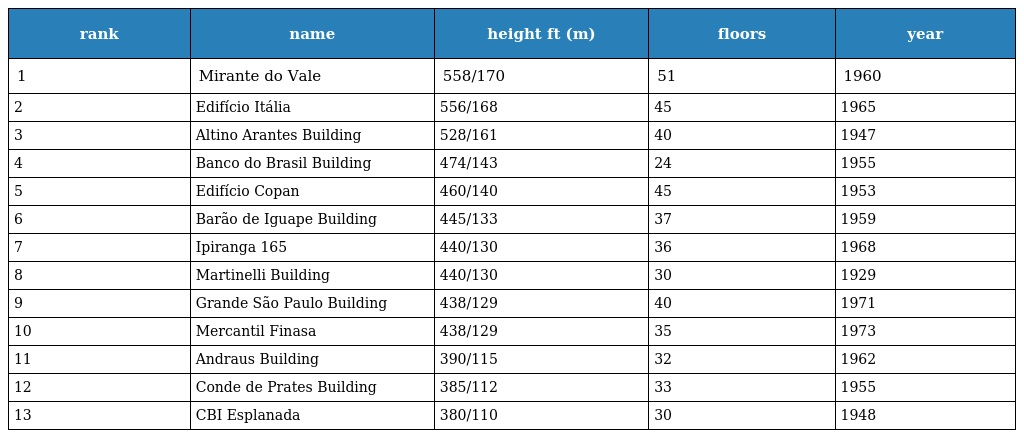
| rank | name | height ft (m) | floors | year |
 | --- | --- | --- | --- | --- |
 | 1 | Mirante do Vale | 558/170 | 51 | 1960 |
 | 2 | Edifício Itália | 556/168 | 45 | 1965 |
 | 3 | Altino Arantes Building | 528/161 | 40 | 1947 |
 | 4 | Banco do Brasil Building | 474/143 | 24 | 1955 |
 | 5 | Edifício Copan | 460/140 | 45 | 1953 |
 | 6 | Barão de Iguape Building | 445/133 | 37 | 1959 |
 | 7 | Ipiranga 165 | 440/130 | 36 | 1968 |
 | 8 | Martinelli Building | 440/130 | 30 | 1929 |
 | 9 | Grande São Paulo Building | 438/129 | 40 | 1971 |
 | 10 | Mercantil Finasa | 438/129 | 35 | 1973 |
 | 11 | Andraus Building | 390/115 | 32 | 1962 |
 | 12 | Conde de Prates Building | 385/112 | 33 | 1955 |
 | 13 | CBI Esplanada | 380/110 | 30 | 1948 |